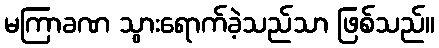
မကြာခဏ သွားရောက်ခဲ့သည်သာ ဖြစ်သည်။